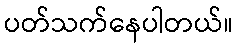
ပတ်သက်နေပါတယ်။